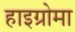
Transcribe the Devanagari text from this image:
हाइग्रोमा